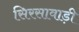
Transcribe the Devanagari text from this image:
सिरसावाड़ी